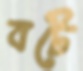
বটে